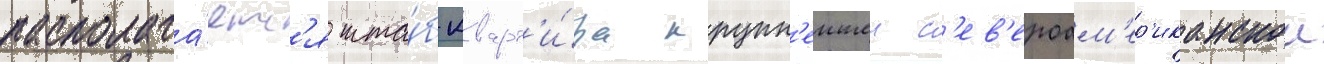
располага́етс'я шта́б-кварт'и́ра крупн'еишеи с'ев'ероам'ер'иканскои